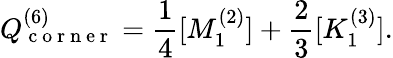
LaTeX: Q_{\mathrm{~c~o~r~n~e~r~}}^{(6)}=\frac{1}{4}[M_{1}^{(2)}]+\frac{2}{3}[K_{1}^{(3)}].